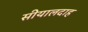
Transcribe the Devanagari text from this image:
सीयालदाह